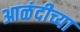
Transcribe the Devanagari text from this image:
आळंदीच्या